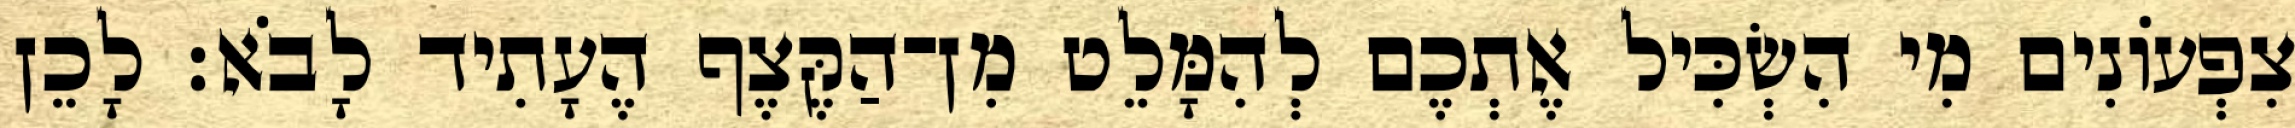
צִפְעוֹנִים מִי הִשְׂכִּיל אֶתְכֶם לְהִמָּלֵט מִן־הַקֶּצֶף הֶעָתִיד לָבֹא׃ לָכֵן